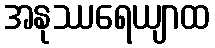
အနုဿရေယျာထ